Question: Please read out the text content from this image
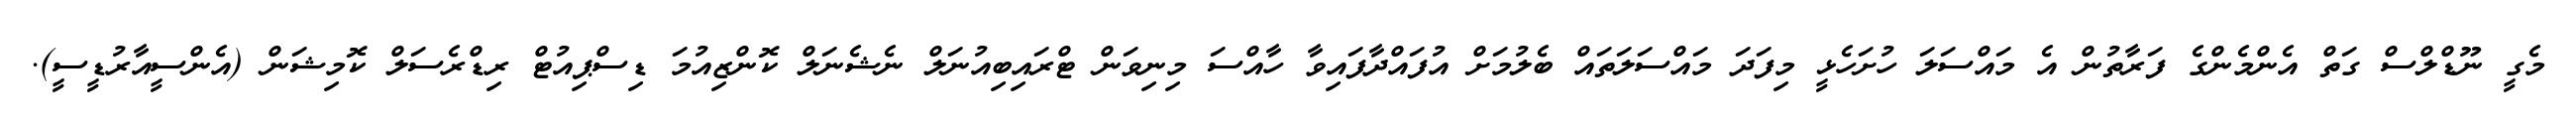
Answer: މެގީ ނޫޑްލްސް ގަތް އެންމެންގެ ފަރާތުން އެ މައްސަލަ ހުށަހެޅީ މިފަދަ މައްސަލަތައް ބެލުމަށް އުފައްދާފައިވާ ހާއްސަ މިނިވަން ޓްރައިބިއުނަލް ނެޝެނަލް ކޮންޒިއުމަ ޑިސްޕިއުޓް ރިޑްރެސަލް ކޮމިޝަން (އެންސީއާރުޑީސީ).